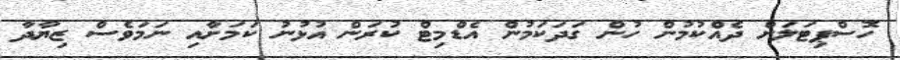
ހޮސްޕިޓަލަށް ދެއްކުމުން ހުން ގަދަކަމުން އެޑްމިޓް ކުރަން އުޅުނު ކަމަށާއި ނަމަވެސް ޒިޔާދާ